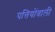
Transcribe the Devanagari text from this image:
पत्तियोंवाली